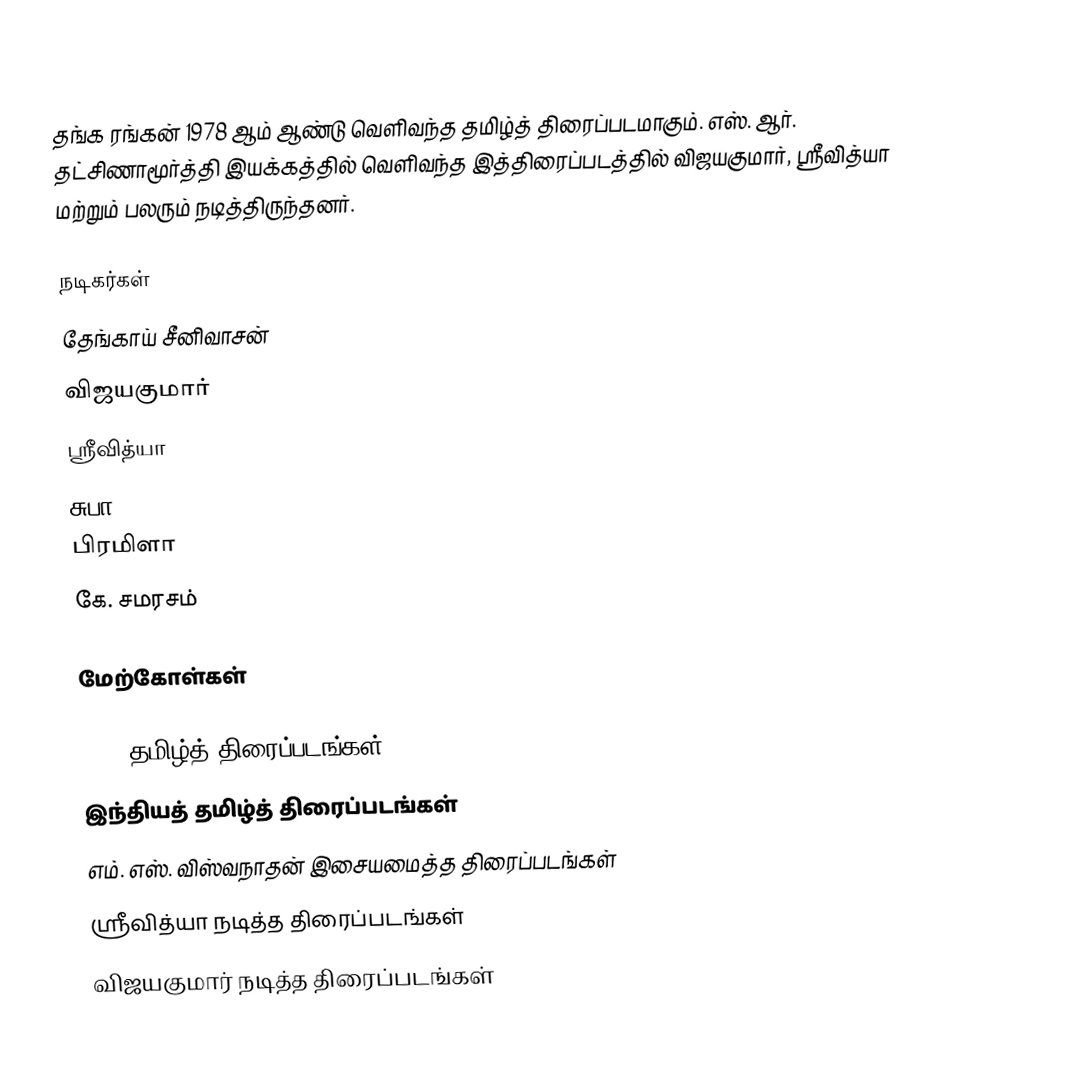
தங்க ரங்கன் 1978 ஆம் ஆண்டு வெளிவந்த தமிழ்த் திரைப்படமாகும். எஸ். ஆர். தட்சிணாமூர்த்தி இயக்கத்தில் வெளிவந்த இத்திரைப்படத்தில் விஜயகுமார், ஸ்ரீவித்யா மற்றும் பலரும் நடித்திருந்தனர்.

நடிகர்கள்
 தேங்காய் சீனிவாசன்
 விஜயகுமார்
 ஸ்ரீவித்யா
 சுபா
 பிரமிளா
 கே. சமரசம்

மேற்கோள்கள்

1978 தமிழ்த் திரைப்படங்கள்
இந்தியத் தமிழ்த் திரைப்படங்கள்
எம். எஸ். விஸ்வநாதன் இசையமைத்த திரைப்படங்கள்
ஸ்ரீவித்யா நடித்த திரைப்படங்கள்
விஜயகுமார் நடித்த திரைப்படங்கள்